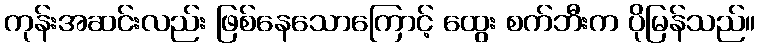
ကုန်းအဆင်းလည်း ဖြစ်နေသောကြောင့် ထွေး စက်ဘီးက ပိုမြန်သည်။